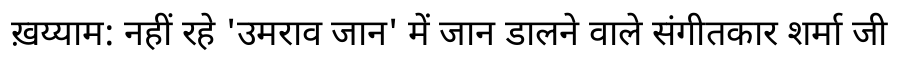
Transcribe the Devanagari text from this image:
ख़य्याम: नहीं रहे 'उमराव जान' में जान डालने वाले संगीतकार शर्मा जी